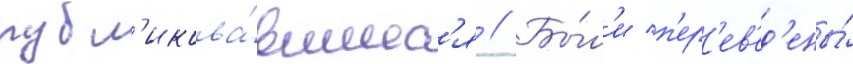
публ'икова́вшиес'я // Бы́л'и п'ер'ев'ед'ены́